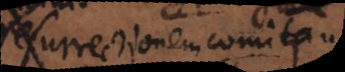
resurrectionem comitante